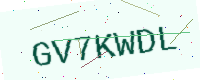
Text: GV7KWDL